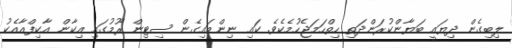
ލިބިގެން ދިޔައީ ބަޔާންކުރަންދަތި ހިތްހަމަޖެހުމެކެވެ. ކައި ނިންމައިގެން ސިޓިން ރޫމުގައި އިކާން އާކިފްއާއެކު